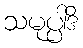
သမုပ္ပါဒိ